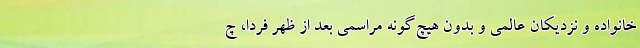
خانواده و نزدیکان عالمی و بدون هیچ‌گونه مراسمی بعد از ظهر فردا، چ